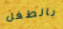
بالطفل